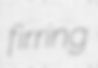
firring